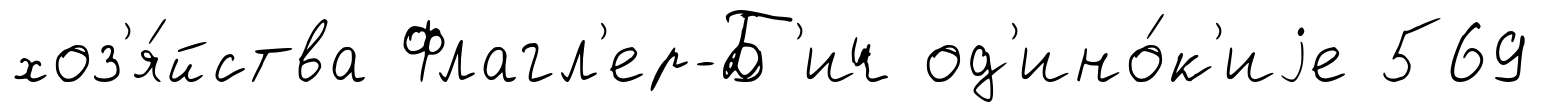
хоз'я́йства Флагл'ер-Б'ич од'ино́к'иjе 569